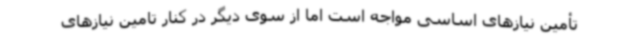
تأمین نیازهای اساسی مواجه است اما از سوی دیگر در کنار تامین نیازهای